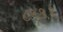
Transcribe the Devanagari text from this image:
८९९१